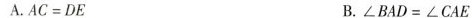
A.$$A C = D E$$ B.$$\angle B A D = \angle C A E$$